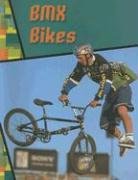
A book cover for BMX Bikes (Wild Rides!); Kathleen W. Deady; Children's Books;